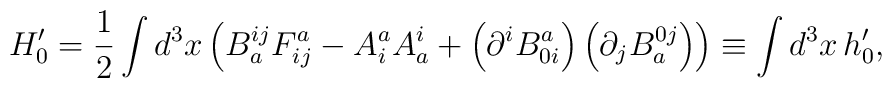
H_{0}^{\prime }=\frac{1}{2}\int d^{3}x\left(B_{a}^{ij}F_{ij}^{a}-A_{i}^{a}A_{a}^{i}+\left( \partial^{i}B_{0i}^{a}\right) \left( \partial _{j}B_{a}^{0j}\right) \right) \equiv\int d^{3}x\,h_{0}^{\prime },